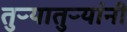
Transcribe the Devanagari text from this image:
तुऱ्यातुऱ्यांनी